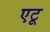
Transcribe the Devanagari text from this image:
एटू